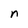
Character: n